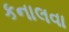
કનાલવા